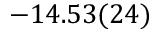
- 1 4 . 5 3 ( 2 4 )